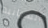
السيانيد